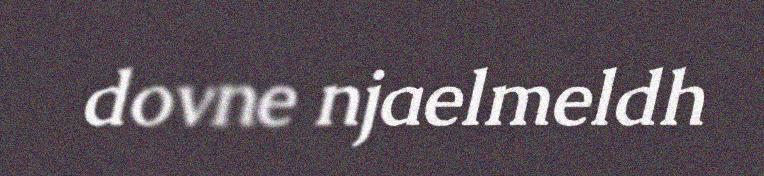
dovne njaelmeldh